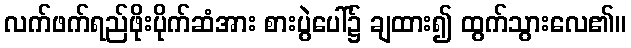
လက်ဖက်ရည်ဖိုးပိုက်ဆံအား စားပွဲပေါ်၌ ချထား၍ ထွက်သွားလေ၏။